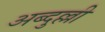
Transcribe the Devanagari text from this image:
अब्दुल्ली